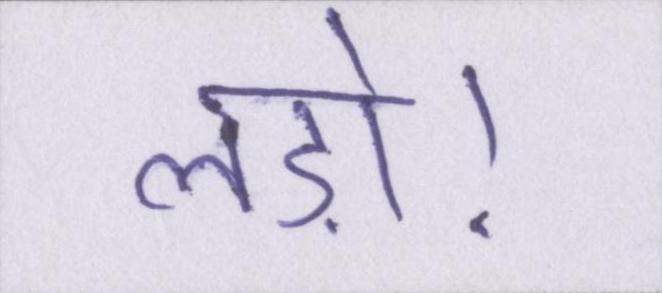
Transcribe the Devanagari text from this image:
लड़ो।